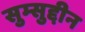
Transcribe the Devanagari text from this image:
सुम्सुद्दीन